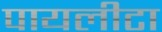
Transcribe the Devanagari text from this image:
पायलीटा